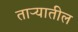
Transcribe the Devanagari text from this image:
ताऱ्यातील